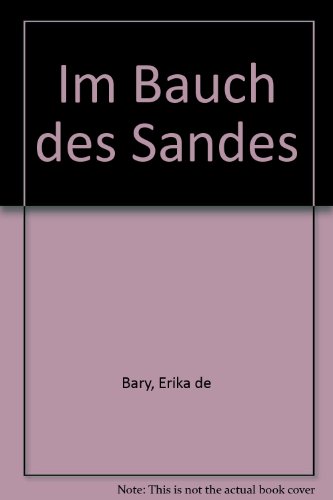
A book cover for Im Bauch des Sandes (German Edition); Erika de Bary; Travel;